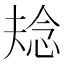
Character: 𭝌